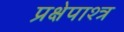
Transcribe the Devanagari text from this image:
प्रक्षेपाश्त्र